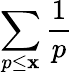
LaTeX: \sum_{p\leq\mathbf{x}}{\frac{{1}}{{p}}}